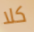
كلا